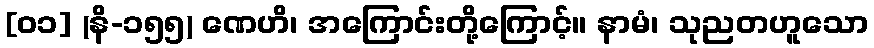
[၀၁] (နိ-၁၅၅) ဏေဟိ၊ အကြောင်းတို့ကြောင့်။ နာမံ၊ သုညတဟူသော